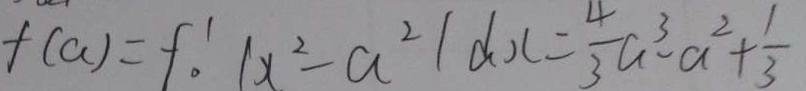
f ( a ) = f _ { 0 } ^ { \prime } \vert x ^ { 2 } - a ^ { 2 } \vert d x = \frac { 4 } { 3 } a ^ { 3 } - a ^ { 2 } + \frac { 1 } { 3 }